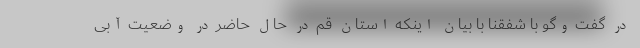
در گفت وگو با شفقنا با بیان اینکه استان قم در حال حاضر در وضعیت آبی